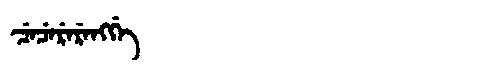
Manchu: ᠴᡝᠴᡝᡵᡝᡵᡝᠩᡤᡝ
Romanization: CECERERENGGE